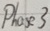
Text: Phase3